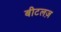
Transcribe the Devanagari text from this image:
बीटलज़